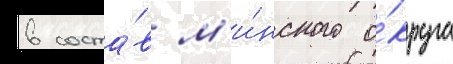
в соста́в м'и́нского о́круга